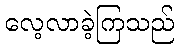
လေ့လာခဲ့ကြသည်